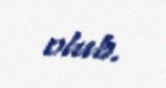
olub.